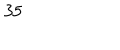
3 5